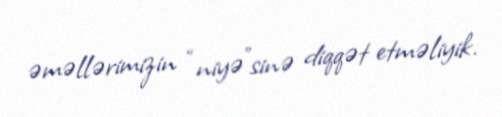
əməllərimizin “niyə”sinə diqqət etməliyik.